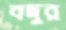
বদুর